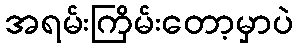
အရမ်းကြိမ်းတော့မှာပဲ